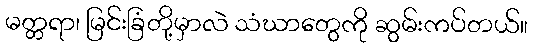
မတ္တရာ၊ မြင်းခြံတို့မှာလဲ သံဃာတွေကို ဆွမ်းကပ်တယ်။